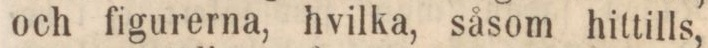
och figurerna, hvilka, såsom hittills,